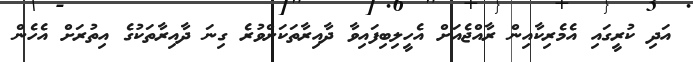
އަދި ކުރީގައި އެމެރިކާއިން ރާއްޖެއަށް އެހީލިބިފައިވާ ދާއިރާތަކަށްވުރެ ގިނަ ދާއިރާތަކުގެ އިތުރަށް އެހެން